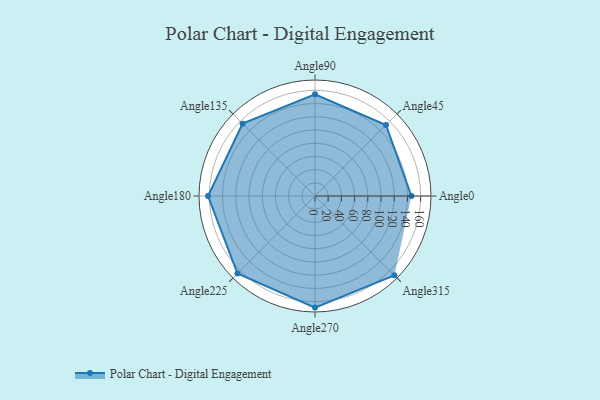
{"axis": {"x": "Angle", "y": "Radius"}, "legend": [""], "data": [{"x": "Angle0", "y": 146.0, "type": ""}, {"x": "Angle45", "y": 152.0, "type": ""}, {"x": "Angle90", "y": 154.0, "type": ""}, {"x": "Angle135", "y": 155.0, "type": ""}, {"x": "Angle180", "y": 162.0, "type": ""}, {"x": "Angle225", "y": 166.0, "type": ""}, {"x": "Angle270", "y": 169.0, "type": ""}, {"x": "Angle315", "y": 170.0, "type": ""}]}